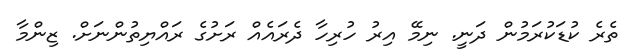
ތެރެ ކުޑަކުރަމުން ދަނީ. ނިމޭ އިރު ހުރިހާ ދެރައެއް ރަށުގެ ރައްޔިތުންނަށް. ޒިންމާ